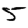
Digit: 5